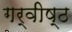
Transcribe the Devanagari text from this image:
गर्वीष्ठ